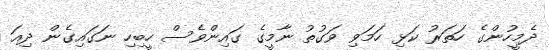
ދެމީހުންގެ ހަތަރު ކަޅި ހަމަވި ވަގުތު ނާމީގެ ގައިންވެސް ހީބިހި ނަގައިގެން ދިއަ